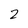
Character: 2